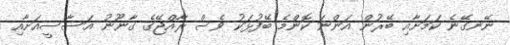
ނޭނގޭނެ ކަމަށާއި ބޭރުން އަންނަ ކޮންމެ ބޭފުޅަކު ވެސް ރާއްޖޭގެ ގާނޫނު އަސާސީއަށާއި